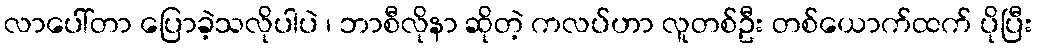
လာပေါ်တာ ပြောခဲ့သလိုပါပဲ ၊ ဘာစီလိုနာ ဆိုတဲ့ ကလပ်ဟာ လူတစ်ဦး တစ်ယောက်ထက် ပိုပြီး